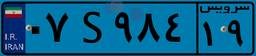
۴۴S۷۹۱۳۵